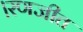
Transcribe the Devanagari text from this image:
।रणजीत